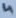
Text: 4